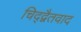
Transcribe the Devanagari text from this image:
चिद्द्वैतवाद